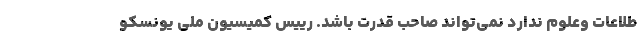
طلاعات وعلوم ندارد نمی‌تواند صاحب قدرت باشد. رییس کمیسیون ملی یونسکو